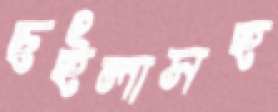
ছইলাসহ